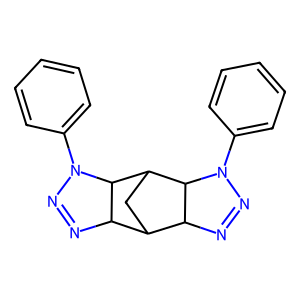
SMILES: c1ccc(N2N=NC3C4CC(C32)C2C4N=NN2c2ccccc2)cc1
Inhibits HIV replication: No